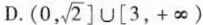
D.(0, \sqrt{2}] \cup [ 3,+ \infty)